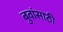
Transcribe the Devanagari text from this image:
बुवांसाठी